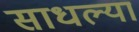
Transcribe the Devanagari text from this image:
साधल्या